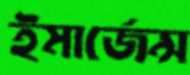
ইমার্জেন্স